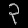
Digit: ၃